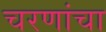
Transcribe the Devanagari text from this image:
चरणांचा